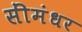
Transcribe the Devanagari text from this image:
सींमंधर